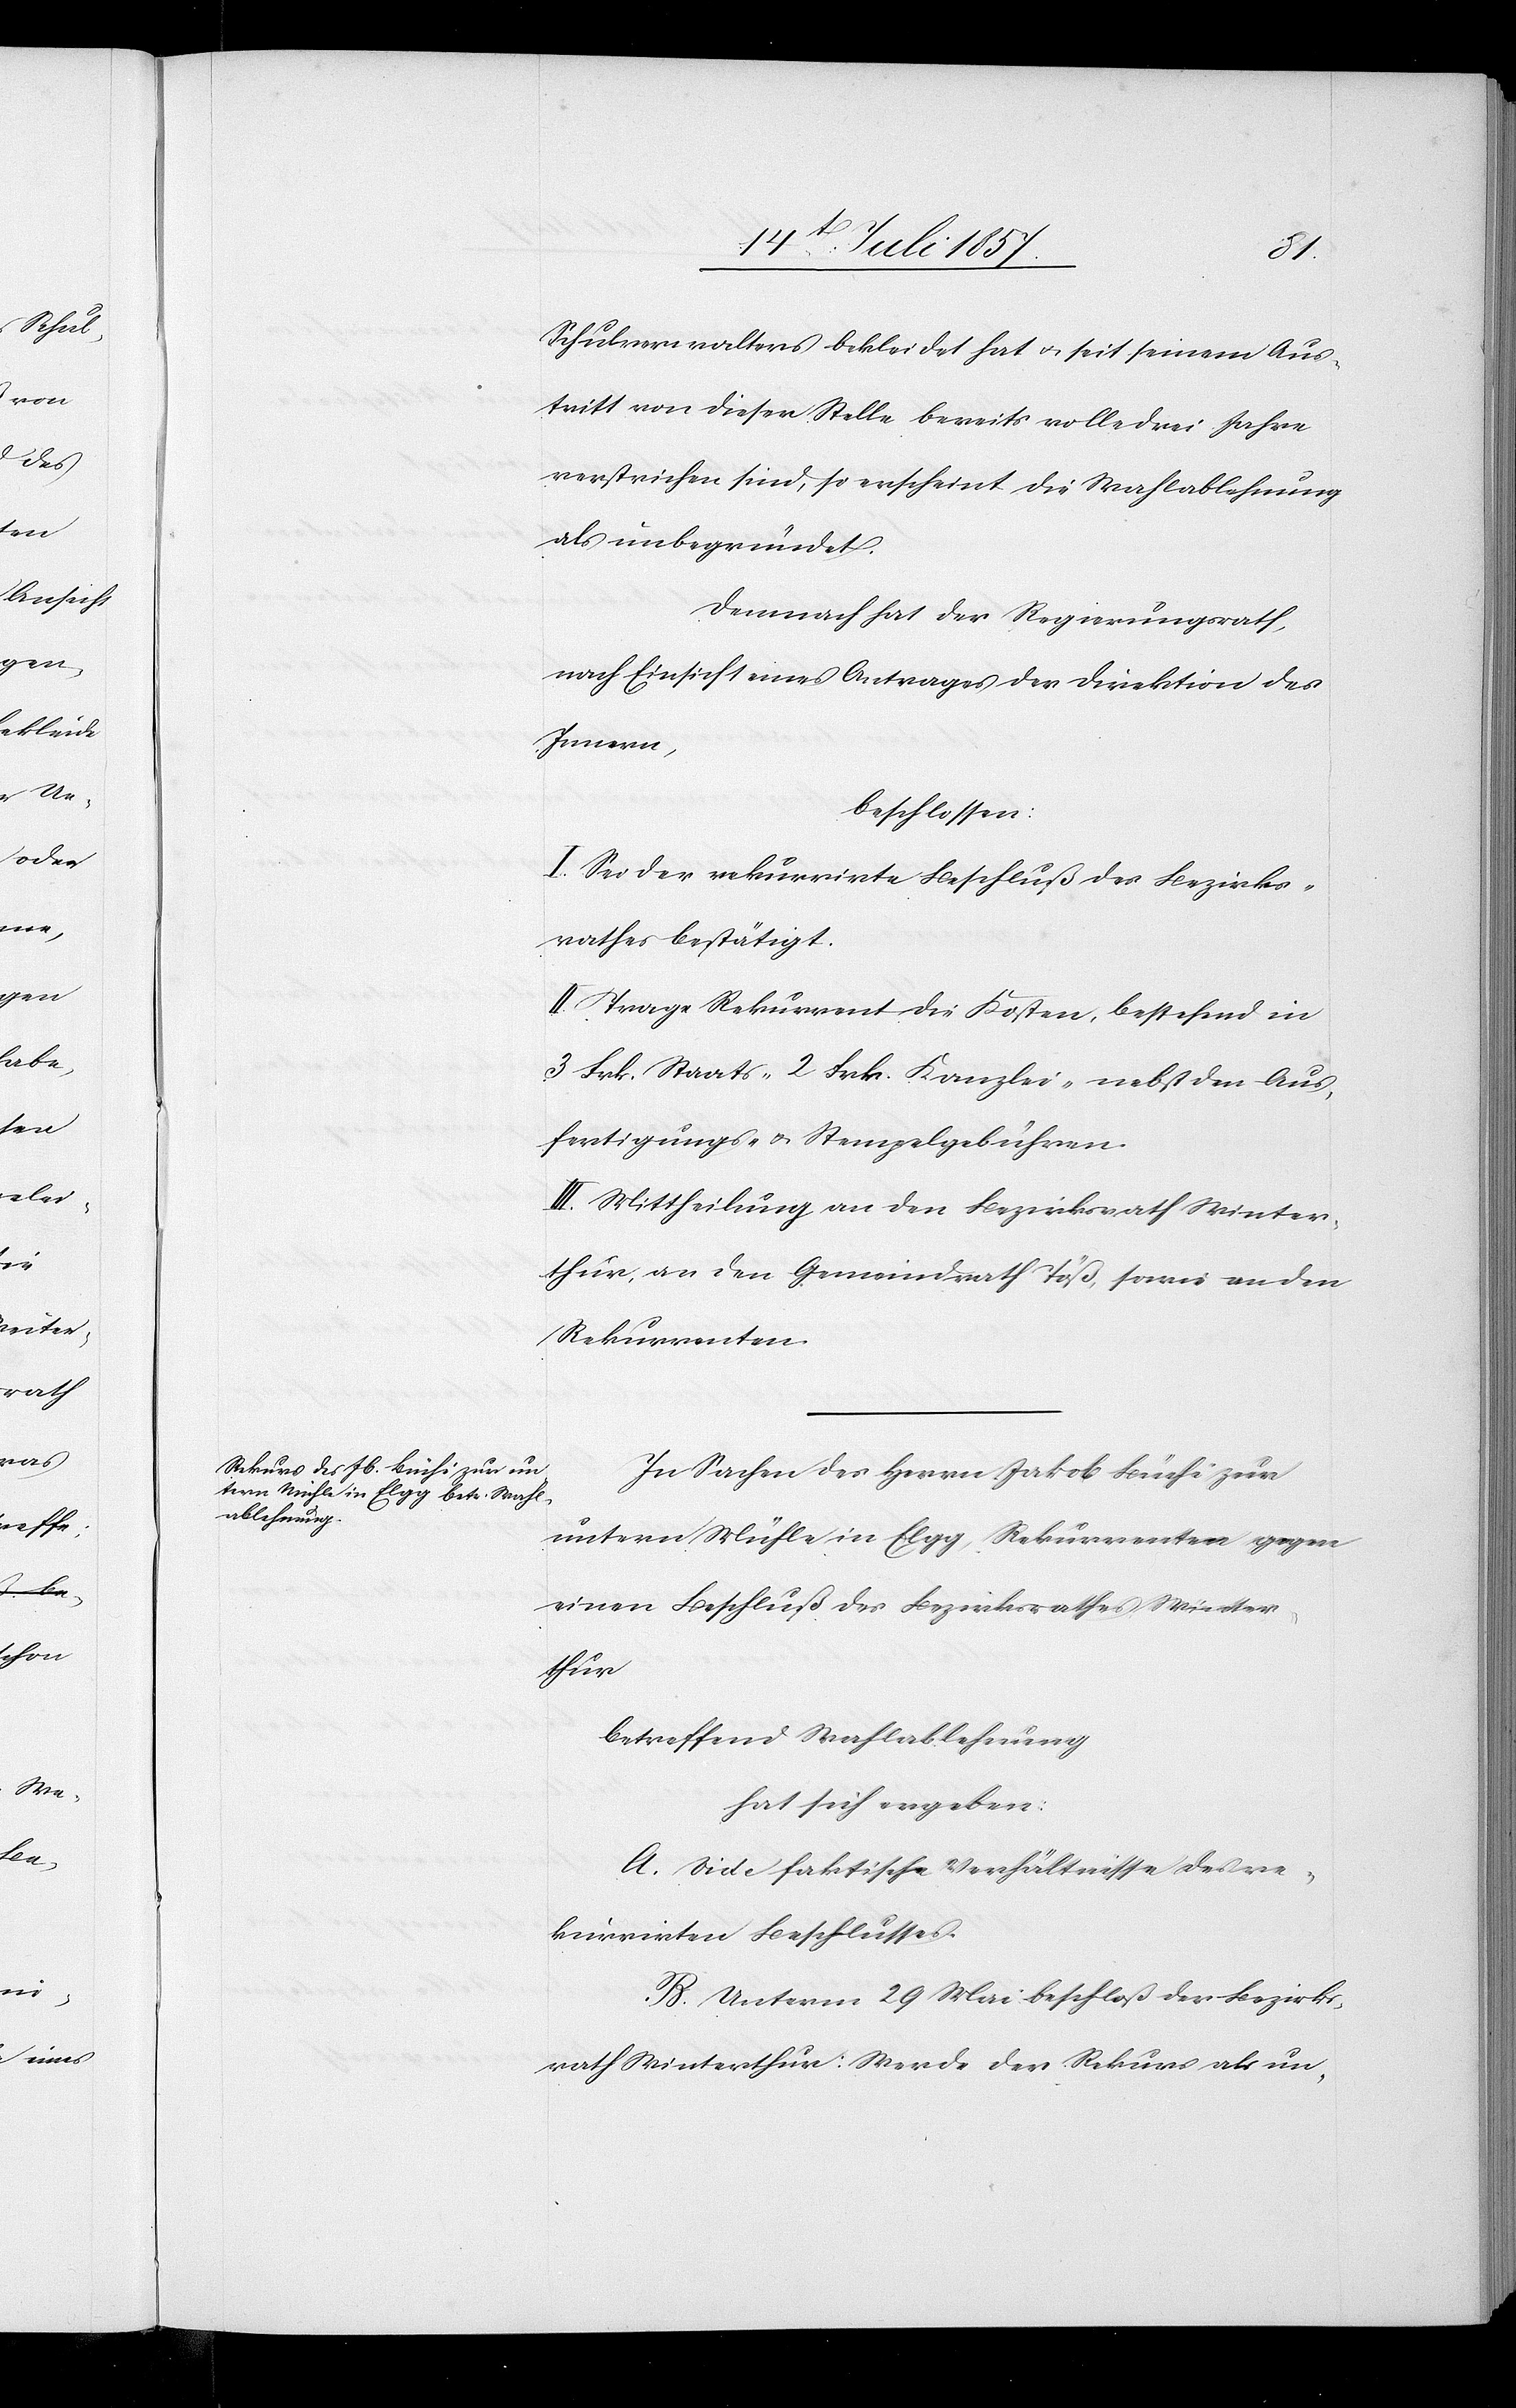
Schulverwalters bekleidet hat & seit seinem Aus¬
tritt von dieser Stelle bereits volle drei Jahre
verstrichen sind, so erscheint die Wahlablehnung
als unbegründet.
Demnach hat der Regierungsrath,
nach Einsicht eines Antrages der Direktion des
Innern,
beschlossen:
I. Sei der rekurrirte Beschluß des Bezirks¬
rathes bestätigt.
II. Trage Rekurrent die Kosten, bestehend in
3 Frk. Staats- 2 Frk. Kanzlei- nebst den Aus¬
fertigungs- & Stempelgebühren.
III. Mittheilung an den Bezirksrath Winter¬
thur, an den Gemeindrath Töß, sowie an den
Rekurrenten.
In Sachen des Herrn Jakob Büchi zur
untern Mühle in Elgg, Rekurrenten gegen
einen Beschluß des Bezirksrathes Winter¬
thur
betreffend Wahlablehnung
hat sich ergeben:
A. Vide faktische Verhältnisse des re¬
kurrirten Beschlusses.
B. Unterm 29 Mai beschloß der Bezirks¬
rath Winterthur: Werde der Rekurs als un-